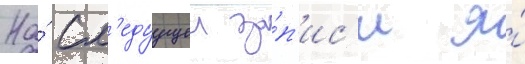
На́ сл'едуущеи за́п'ис'и я́